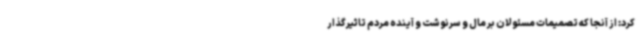
کرد: از آنجا که تصمیمات مسئولان بر مال و سرنوشت و آینده مردم تاثیرگذار